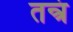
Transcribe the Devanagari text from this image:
तन्त्रं